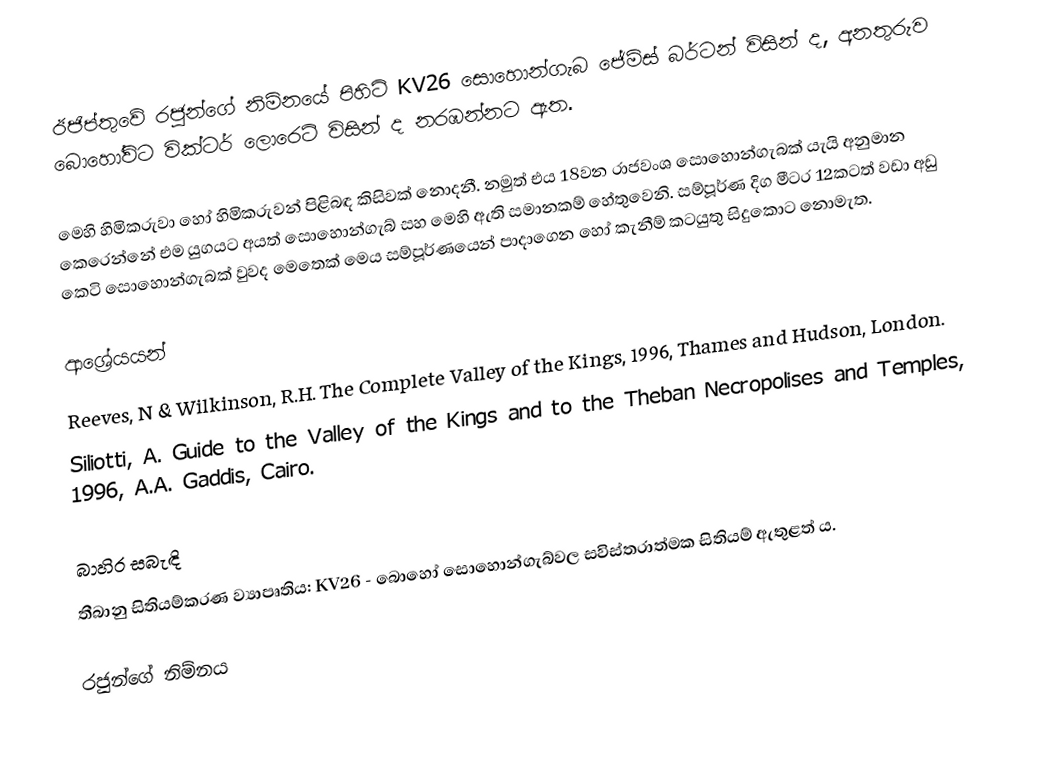
ඊජිප්තුවේ රජුන්ගේ නිම්නයේ පිහිටි KV26 සොහොන්ගැබ ජේම්ස් බර්ටන් විසින් ද, අනතුරුව බොහෝවිට වික්ටර් ලොරෙට් විසින් ද නරඹන්නට ඇත.

මෙහි හිමිකරුවා හෝ හිමිකරුවන් පිළිබඳ කිසිවක් නොදනී. නමුත් එය 18වන රාජවංශ සොහොන්ගැබක් යැයි අනුමාන කෙරෙන්නේ එම යුගයට අයත් සොහොන්ගැබ් සහ මෙහි ඇති සමානකම් හේතුවෙනි. සම්පූර්ණ දිග මීටර 12කටත් වඩා අඩු කෙටි සොහොන්ගැබක් වුවද මෙතෙක් මෙය සම්පූර්ණයෙන් පාදාගෙන හෝ කැනීම් කටයුතු සිදුකොට නොමැත.

ආශ්‍රේයයන්
Reeves, N & Wilkinson, R.H. The Complete Valley of the Kings, 1996, Thames and Hudson, London.
Siliotti, A. Guide to the Valley of the Kings and to the Theban Necropolises and Temples, 1996, A.A. Gaddis, Cairo.

බාහිර සබැඳි
තීබානු සිතියම්කරණ ව්‍යාපෘතිය: KV26 - බොහෝ සොහොන්ගැබ්වල සවිස්තරාත්මක සිතියම් ඇතුළත් ය.

රජුන්ගේ නිම්නය